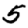
Digit: 5